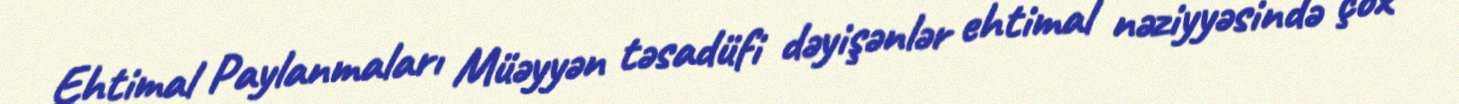
Ehtimal Paylanmaları Müəyyən təsadüfi dəyişənlər ehtimal nəziyyəsində çox